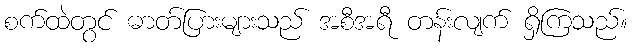
စက်ထဲတွင် ဓာတ်ပြားများသည် အစီအရီ တန်းလျက် ရှိကြသည်။